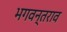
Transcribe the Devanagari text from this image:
भगवन्तराव